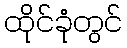
ထိုင်ခုံတွင်